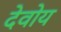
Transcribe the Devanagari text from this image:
देवोय